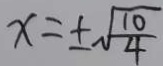
x = \pm \sqrt { \frac { 1 0 } { 4 } }